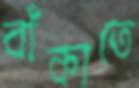
বাঁকাতে